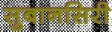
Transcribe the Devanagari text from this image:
सुबानसिरी